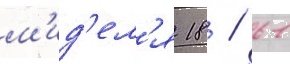
м'ид'ел'я 18 / 61